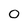
Character: 0